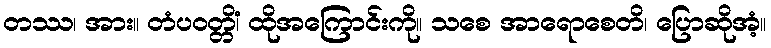
တဿ၊ အား။ တံပဝတ္တိံ၊ ထိုအကြောင်းကို။ သစေ အာရောစေတိ၊ ပြောဆိုအံ့။